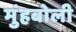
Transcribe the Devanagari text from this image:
मुंहबोली